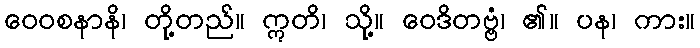
ဝေဝစနာနိ၊ တို့တည်။ ဣတိ၊ သို့။ ဝေဒိတဗ္ဗံ၊ ၏။ ပန၊ ကား။